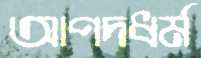
আপদধর্ম